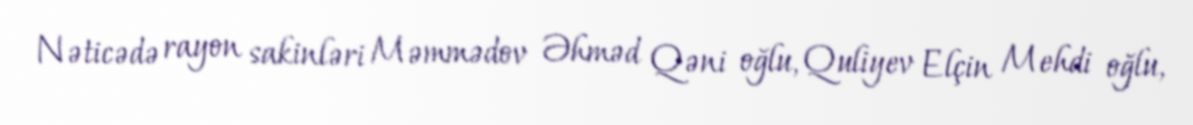
Nəticədə rayon sakinləri Məmmədov Əhməd Qəni oğlu, Quliyev Elçin Mehdi oğlu,